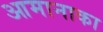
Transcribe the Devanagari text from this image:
आमानाका